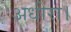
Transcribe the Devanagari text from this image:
अधीरा।